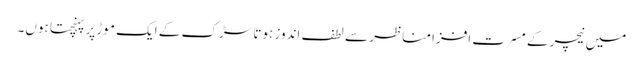
میں نیچر کے مسرت افزا مناظر سے لطف اندوز ہوتا سڑک کے ایک موڑ پر پہنچتا ہوں۔